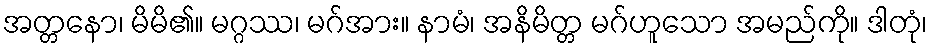
အတ္တနော၊ မိမိ၏။ မဂ္ဂဿ၊ မဂ်အား။ နာမံ၊ အနိမိတ္တ မဂ်ဟူသော အမည်ကို။ ဒါတုံ၊